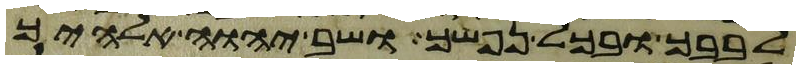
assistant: לבבך ובכל נפשך ושב יהוה אלהיך